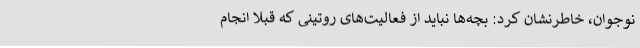
نوجوان، خاطرنشان کرد: بچه‌ها نباید از فعالیت‌های روتینی که قبلا انجام